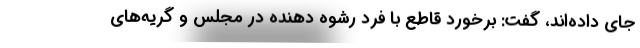
جای داده‌اند، گفت: برخورد قاطع با فرد رشوه دهنده در مجلس و گریه‌های